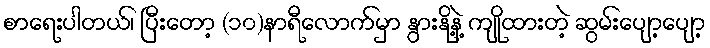
စာရေးပါတယ်၊ ပြီးတော့ (၁၀)နာရီလောက်မှာ နွားနို့နဲ့ ကျိုထားတဲ့ ဆွမ်းပျော့ပျော့